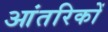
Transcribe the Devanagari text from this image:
आंतरिकों